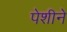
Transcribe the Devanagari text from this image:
पेशीने